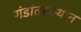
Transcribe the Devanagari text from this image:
गंडांतरस्थान